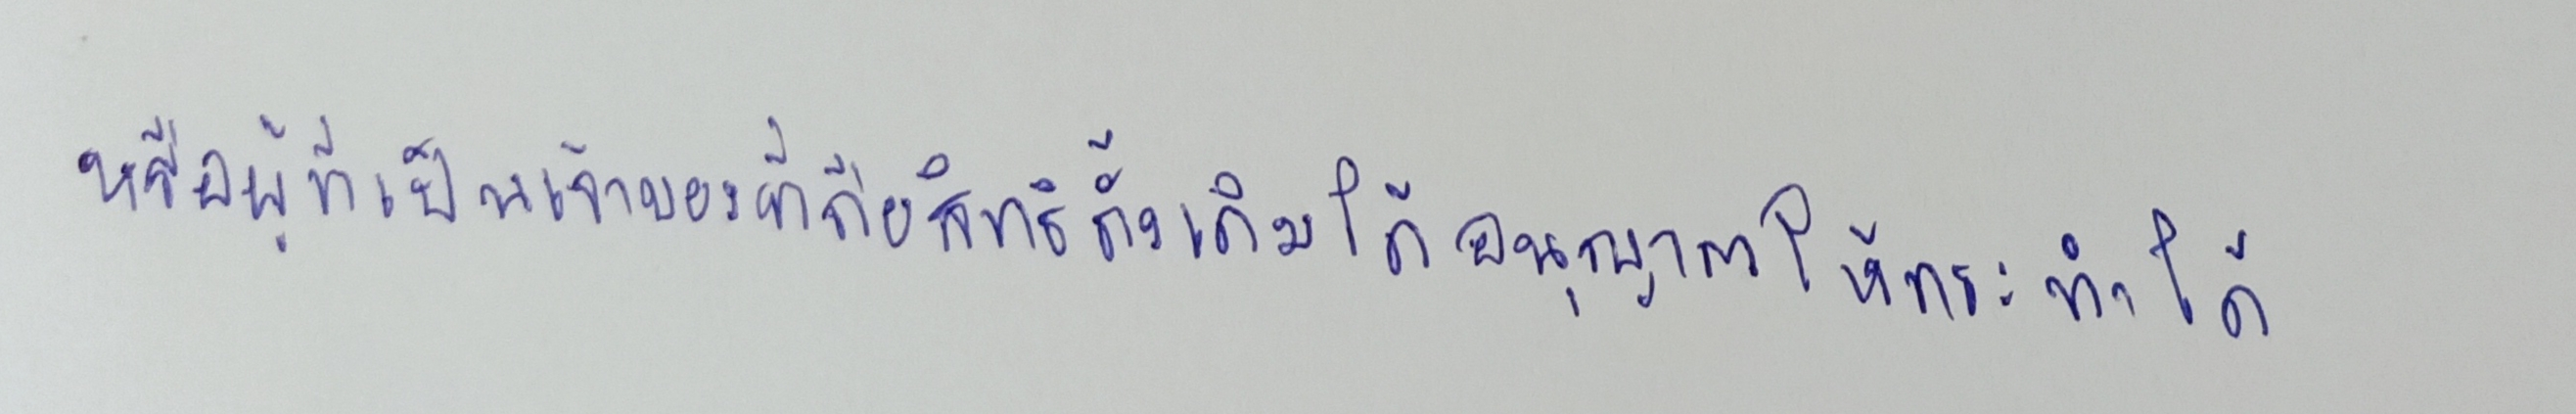
หรือผู้ที่เป็นเจ้าของที่ถือสิทธิดั้งเดิมได้อนุญาตให้กระทำได้